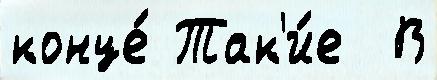
конце́ Так'и́е  В